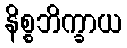
နိစ္စဘိက္ခာယ